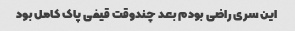
این سری راضی بودم بعد چندوقت قیفی پاک کامل بود